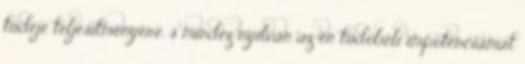
tüdeje teljesítményére, s mindez nyilván az én tüdőbeli impotenciámat